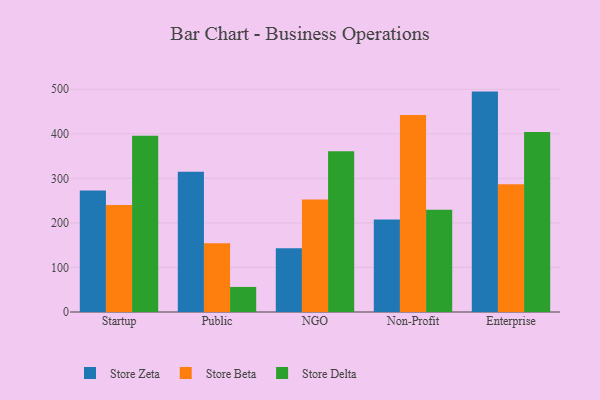
{"axis": {"x": "Segment", "y": "Active Users"}, "legend": ["Store Beta", "Store Delta", "Store Zeta"], "data": [{"x": "Startup", "y": 272.9, "type": "Store Zeta"}, {"x": "Startup", "y": 240.3, "type": "Store Beta"}, {"x": "Startup", "y": 395.9, "type": "Store Delta"}, {"x": "Public", "y": 315.0, "type": "Store Zeta"}, {"x": "Public", "y": 154.4, "type": "Store Beta"}, {"x": "Public", "y": 56.3, "type": "Store Delta"}, {"x": "NGO", "y": 143.1, "type": "Store Zeta"}, {"x": "NGO", "y": 252.5, "type": "Store Beta"}, {"x": "NGO", "y": 360.9, "type": "Store Delta"}, {"x": "Non-Profit", "y": 207.6, "type": "Store Zeta"}, {"x": "Non-Profit", "y": 442.5, "type": "Store Beta"}, {"x": "Non-Profit", "y": 229.8, "type": "Store Delta"}, {"x": "Enterprise", "y": 494.8, "type": "Store Zeta"}, {"x": "Enterprise", "y": 287.0, "type": "Store Beta"}, {"x": "Enterprise", "y": 404.2, "type": "Store Delta"}]}